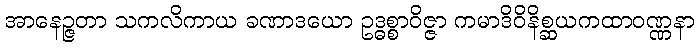
အာနေဉ္ဇတာ သကလိကာယ ခဏာဒယော ဥဒ္ဓစ္စာဝိဇ္ဇာ ကမာဒိဝိနိစ္ဆယကထာဝဏ္ဏနာ